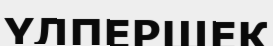
ҮЛПЕРШЕК